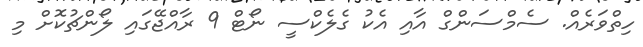
ހިތްވަރެއް. ސެމްސަންގް އާއި އެކު ގެލެކްސީ ނޯޓް 9 ރާއްޖޭގައި ލޯންޗުކޮށް މި